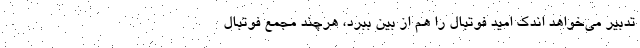
تدبیر می‌خواهد اندک امید فوتبال را هم از بین ببرد، هرچند مجمع فوتبال